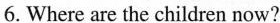
6. Where are the children now?